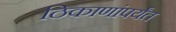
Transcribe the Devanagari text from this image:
ठिकाणांपर्यंत